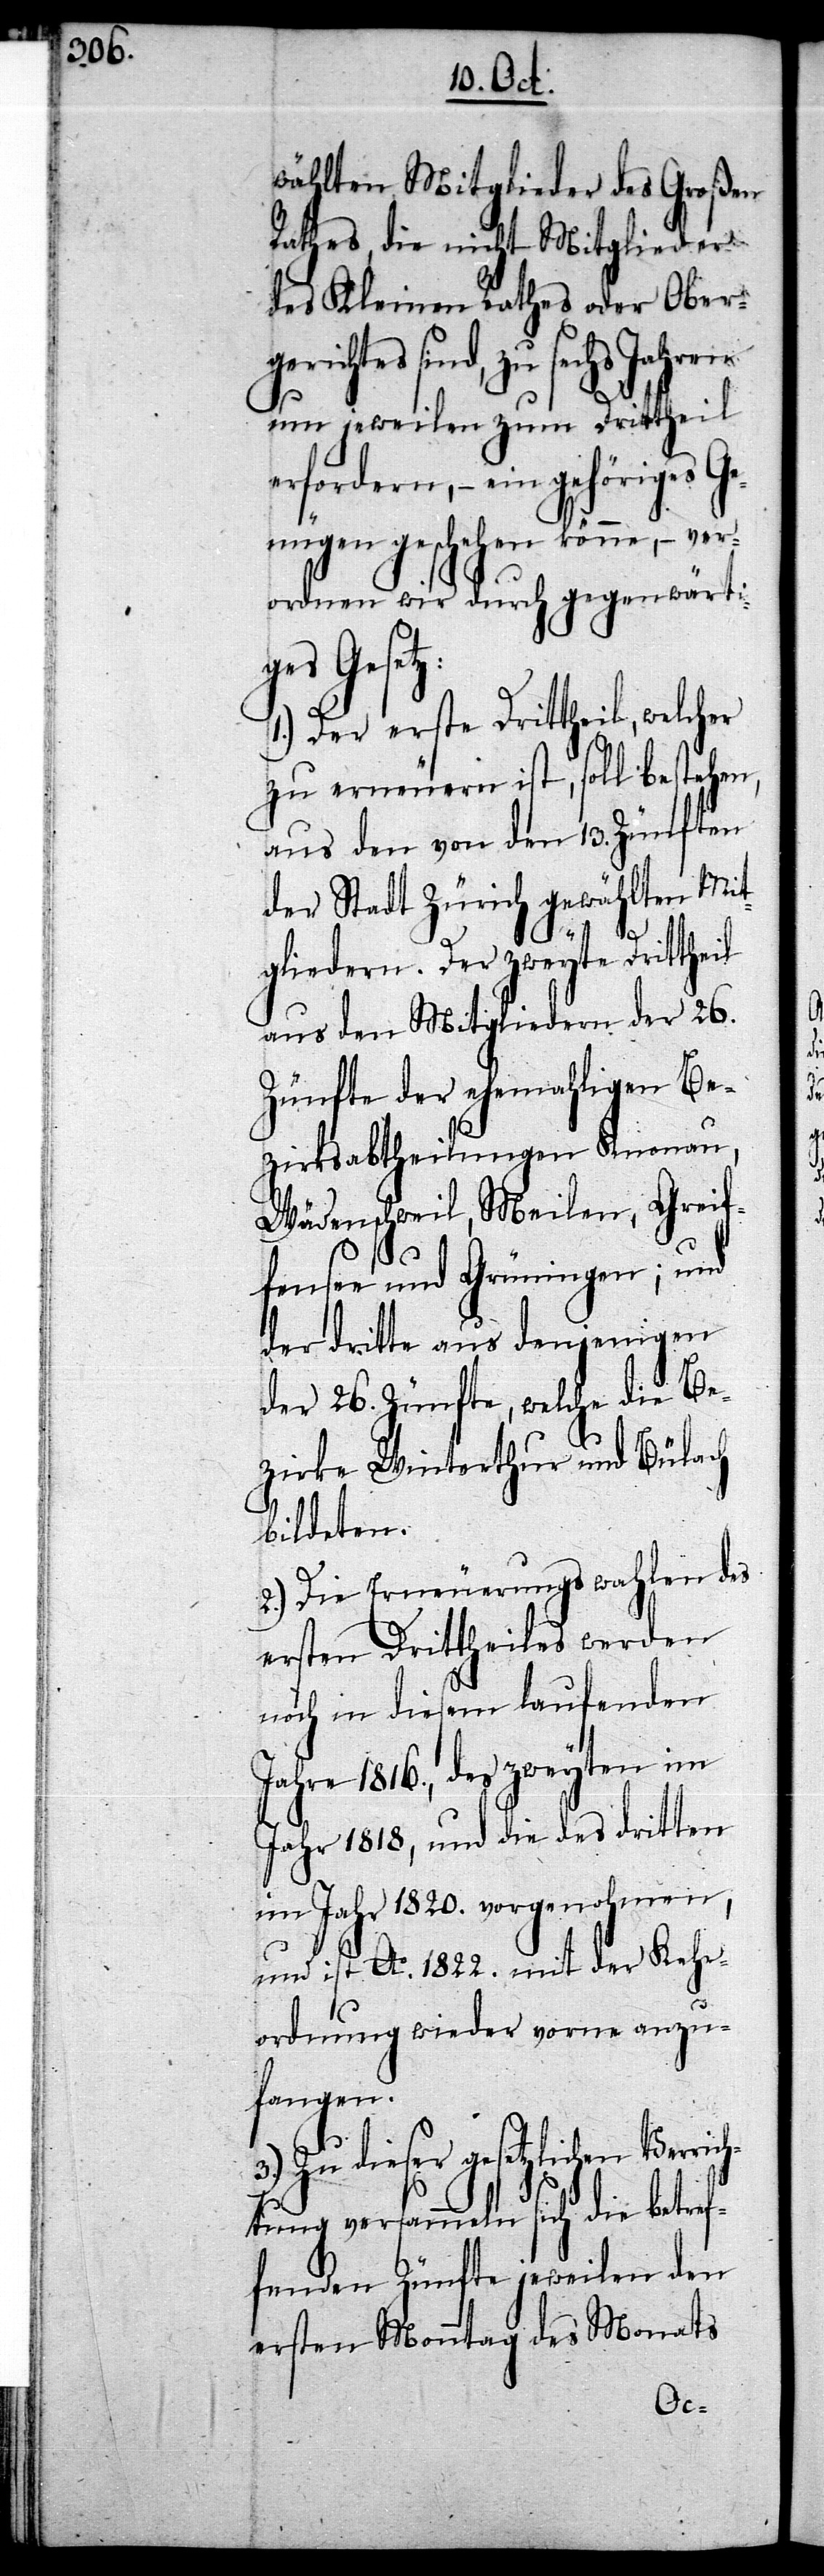
wählten Mitglieder des Großen
Rathes, die nicht Mitglieder
des Kleinen Rathes oder Ober¬
sechs Jahren
um jeweilen zum Drittheil
erfordern, – ein gehöriges Ge¬
nügen geschehen könne, – ver¬
ordnen wir durch gegenwärti¬
ges Gesetz:
1.) Der erste Drittheil, welcher
zu erneuern ist, soll bestehen,
aus den von den 13. Zünften
der Stadt Zürich gewählten Mit¬
gliedern. Der zweyte Drittheil
aus den Mitgliedern der 26.
Zünfte der ehemahligen Be¬
zirksabtheilungen Knonau,
Wädenschweil, Meilen, Greif¬
fensee und Grüningen; und
der dritte aus denjenigen
der 26. Zünfte, welche die Be¬
zirke Winterthur und Bülach
bildeten.
2.) Die Erneuerungswahlen des
ersten Drittheiles werden
noch in diesem laufenden
Jahre 1816., des zweyten im
Jahr 1818, und die des dritten
im Jahr 1820. vorgenohmen,
und ist Ao. 1822. mit der Kehr¬
ordnung wieder vorne anzu¬
fangen.
Zu dieser gesetzlichen
htung versammeln sich die betref¬
fenden Zünfte jeweilen den
ersten Monntag des Monats
Verric¬